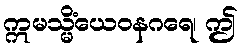
ဣမသ္မိံယေဝနဂရေ၊ ဤ